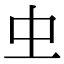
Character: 𠀐